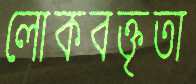
লোকবক্তৃতা